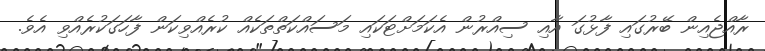
ރާއްޖެއިން ބޭރުގައި ފާޅުގަ އާއި ސިއްރުން އެކަމަށްޓަކައި މަސައްކަތްތަކެއް ކުރެއްވިކަން ފާހަގަކުރެއްވި އެވެ.